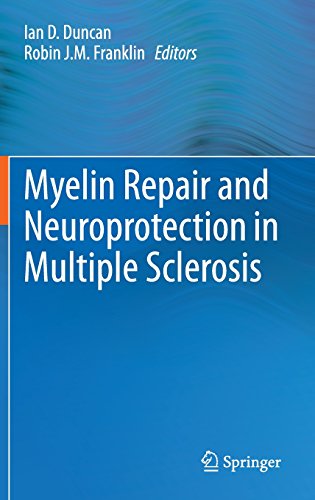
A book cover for Myelin Repair and Neuroprotection in Multiple Sclerosis; Health, Fitness & Dieting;